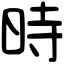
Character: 時